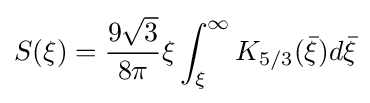
S(\xi )={\frac {9{\sqrt {3}}}{8\pi }}\xi \int _{\xi }^{\infty }K_{5/3}({\bar {\xi }})d{\bar {\xi }}